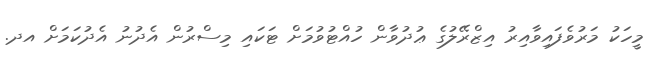
މީހަކު މަރުވެފައިވާއިރު އިޒްރޭލުގެ ޢުދުވާން ހުއްޓުވުމަށް ޓަކައި މިސްރުން އެދުނު އެދުކަމަށް އދ.